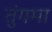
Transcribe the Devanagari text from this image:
तुंगमा